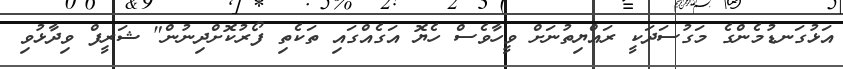
އަޅުގަނޑުމެންގެ މަގުސަދަކީ ރައްޔިތުނަށް ވީހާވެސް ހެޔޮ އަގެއްގައި ތަކެތި ފޯރުކޮށްދިނުން" ޝަރީފް ވިދާޅުވި